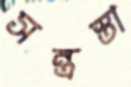
সন্ত্রস্তা